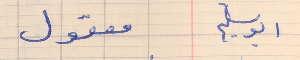
ابو سليم     معقول